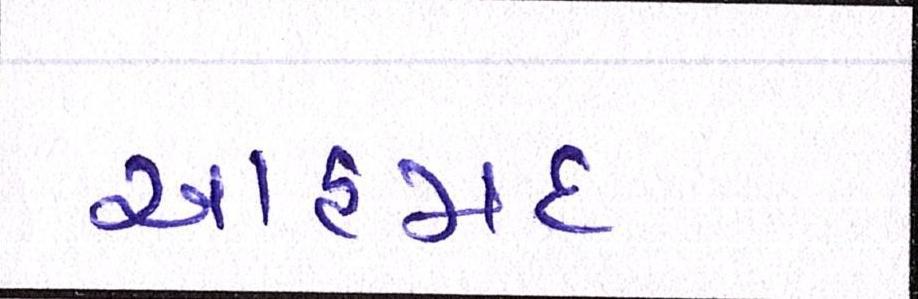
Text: આહમદ